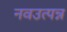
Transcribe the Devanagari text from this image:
नवउत्पन्न